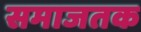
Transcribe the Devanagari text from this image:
समाजतक